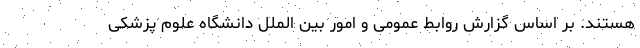
هستند. بر اساس گزارش روابط‌ عمومی و امور بین ‌الملل دانشگاه علوم پزشکی